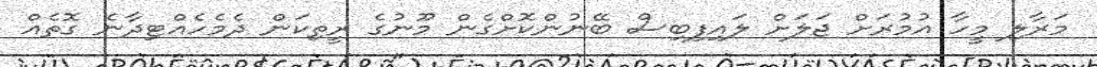
މަރާލި މީހާ އުމުރަށް ޖަލަށް ލައިފިބިސް ބޭނުންކޮށްގެން މޫނުގެ ރީތިކަން ދެމެހެއްޓިދާނެ ގޮތެއް